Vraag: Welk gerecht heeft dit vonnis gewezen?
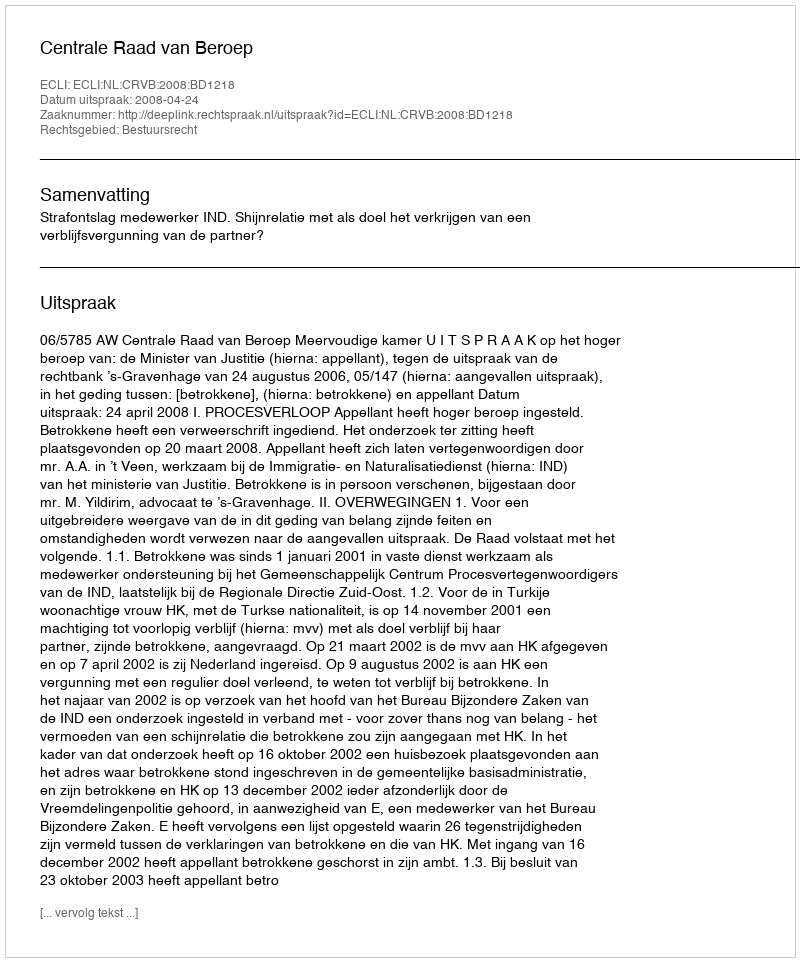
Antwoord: Centrale Raad van Beroep